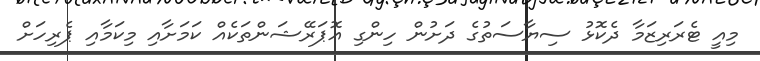
މިއީ ޓެރަރިޒަމާ ދެކޮޅު ސިޔާސަތުގެ ދަށުން ހިންގި އޮޕަރޭޝަންތަކެއް ކަމަށާއި މިކަމާއި ޕެރިހަށް